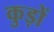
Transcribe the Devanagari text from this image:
कुड़ों